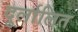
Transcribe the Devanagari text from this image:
दुर्लालित